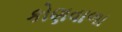
કોણવાળા